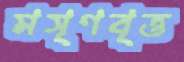
মসৃণবৃত্ত